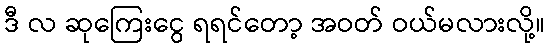
ဒီ လ ဆုကြေးငွေ ရရင်တော့ အဝတ် ဝယ်မလားလို့။